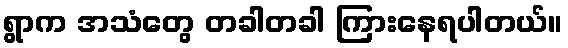
ရွာက အသံတွေ တခါတခါ ကြားနေရပါတယ်။